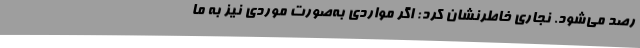
رصد می‌شود. نجاری خاطرنشان کرد: اگر مواردی به‌صورت موردی نیز به ما